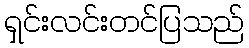
ရှင်းလင်းတင်ပြသည်